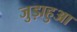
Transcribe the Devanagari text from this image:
जुड़ाहुआ